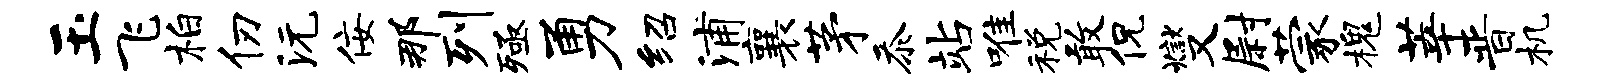
玉飞柏仞沅佞那列殛勇绍浦襄茅忝站唯税敢侃燮尉蒙槐莘晋机